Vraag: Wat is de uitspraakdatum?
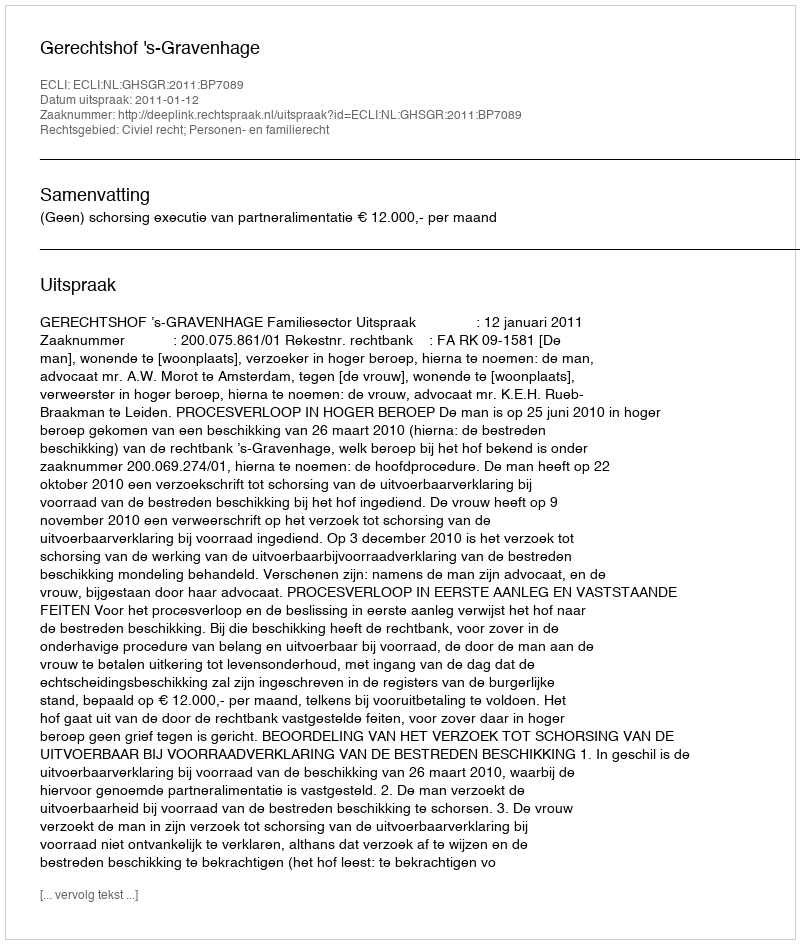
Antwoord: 2011-01-12